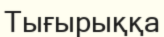
Тығырыққа